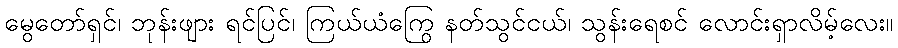
မွေတော်ရှင်၊ ဘုန်းဖျား ရင်ပြင်၊ ကြယ်ယံကြွေ နတ်သွင်ငယ်၊ သွန်းရေစင် လောင်းရှာလိမ့်လေး။